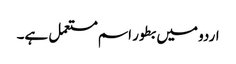
اردو میں بطور اسم مستعمل ہے۔